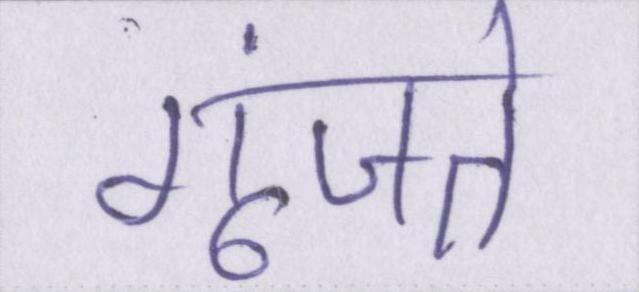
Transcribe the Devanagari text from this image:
गूंजते